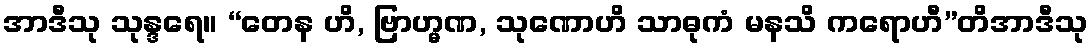
အာဒီသု သုန္ဒရေ။ “တေန ဟိ, ဗြာဟ္မဏ, သုဏောဟိ သာဓုကံ မနသိ ကရောဟီ”တိအာဒီသု